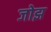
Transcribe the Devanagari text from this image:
जोझ